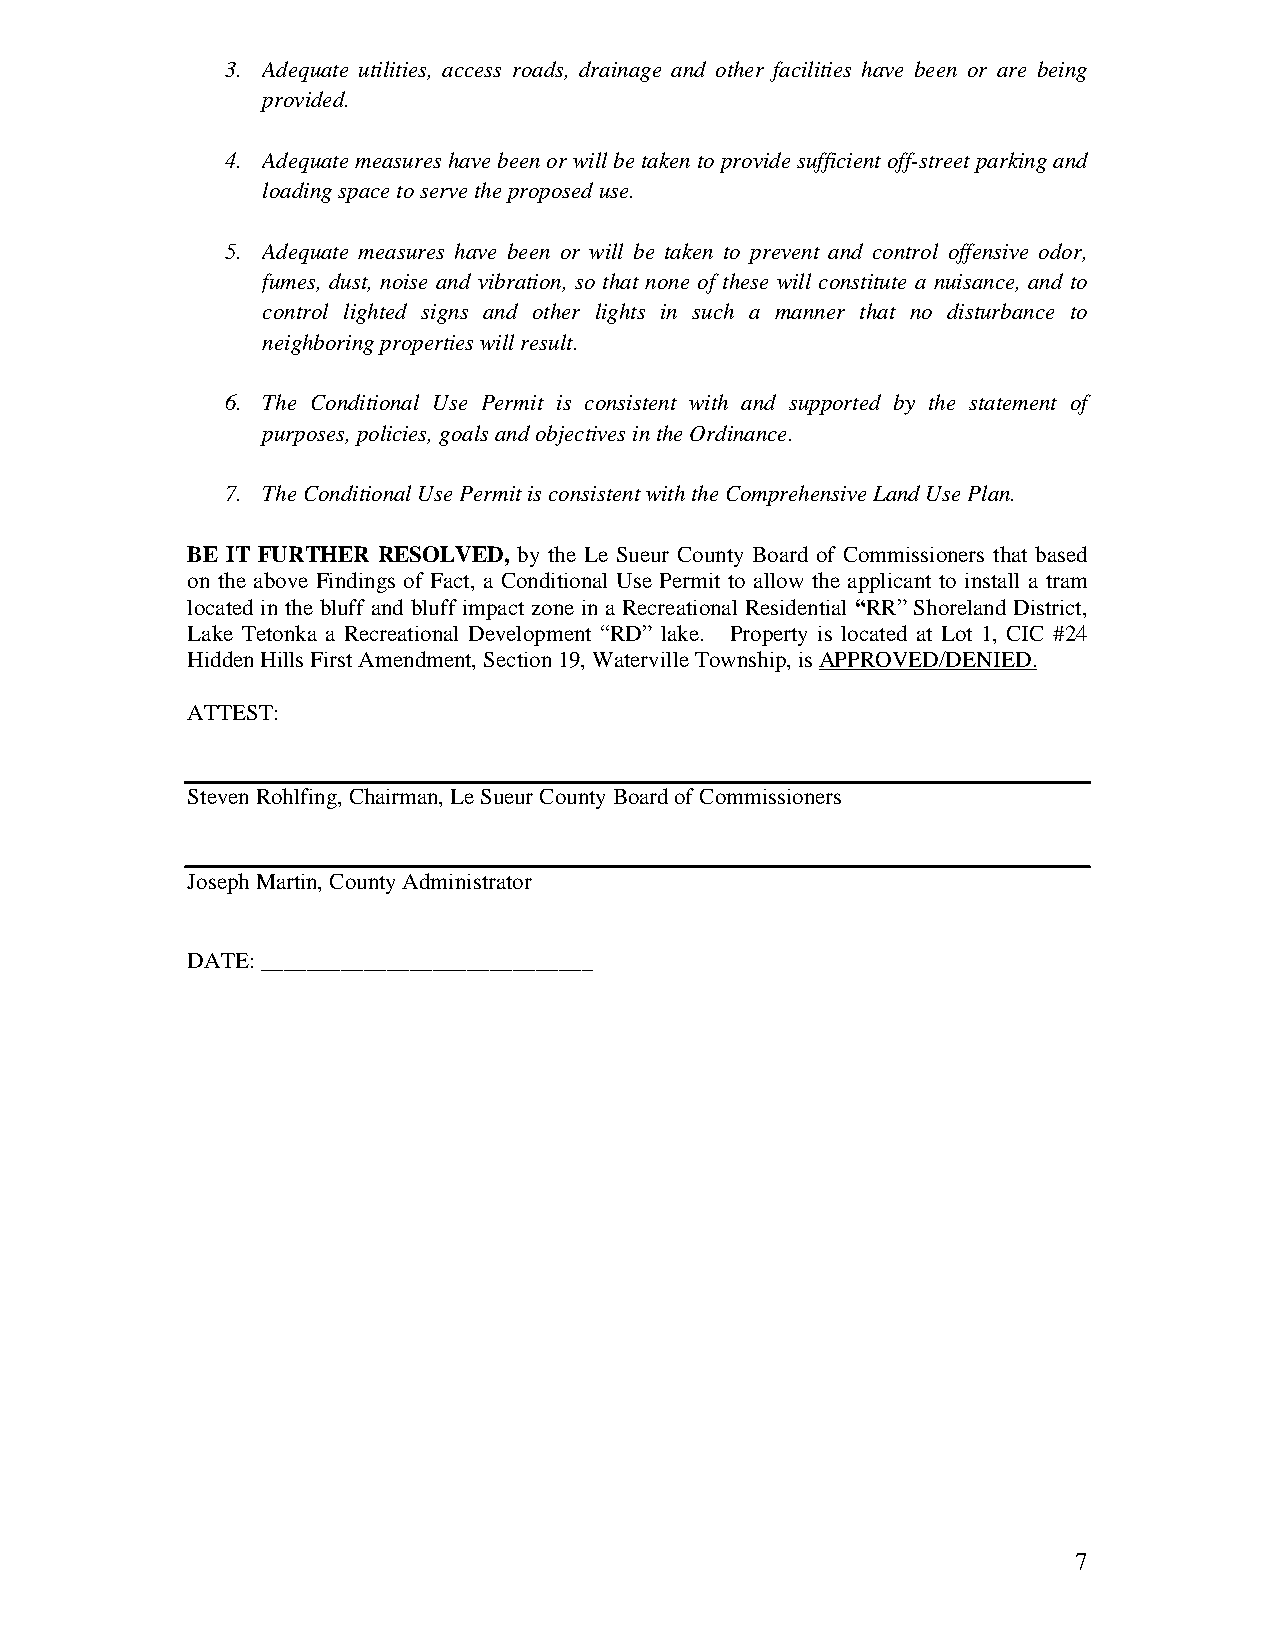
3. Adequate utilities, access roads, drainage and other facilities have been or are being
 provided.
 4. Adequate measures have been or will be taken to provide sufficient off-street parking and
 loading space to serve the proposed use.
 5. Adequate measures have been or will be taken to prevent and control offensive odor,
 fumes, dust, noise and vibration, so that none of these will constitute a nuisance, and to
 control lighted signs and other lights in such a manner that no disturbance to
 neighboring properties will result.
 6. The Conditional Use Permit is consistent with and supported by the statement of
 purposes, policies, goals and objectives in the Ordinance.
 7. The Conditional Use Permit is consistent with the Comprehensive Land Use Plan.
 BE IT FURTHER RESOLVED, by the Le Sueur County Board of Commissioners that based
 on the above Findings of Fact, a Conditional Use Permit to allow the applicant to install a tram
 located in the bluff and bluff impact zone in a Recreational Residential “RR” Shoreland District,
 Lake Tetonka a Recreational Development “RD” lake. Property is located at Lot 1, CIC #24
 Hidden Hills First Amendment, Section 19, Waterville Township, is APPROVED/DENIED.
 ATTEST:
 Steven Rohlfing, Chairman, Le Sueur County Board of Commissioners
 Joseph Martin, County Administrator
 DATE: _____________________________
 7